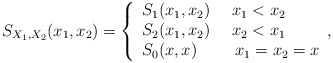
\begin{align*}S_{X_{1},X_{2}}(x_{1},x_{2})=\left\{ \begin{array}{l}S_{1}(x_{1},x_{2})\ \ \ \ x_{1}<x_{2} \\ S_{2}(x_{1},x_{2})\ \ \ \ x_{2}<x_{1} \\ S_{0}(x,x)\ \ \ \ \ \ \ x_{1}=x_{2}=x\end{array},\right. \end{align*}